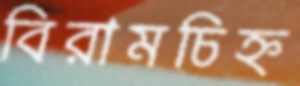
বিরামচিহ্ন